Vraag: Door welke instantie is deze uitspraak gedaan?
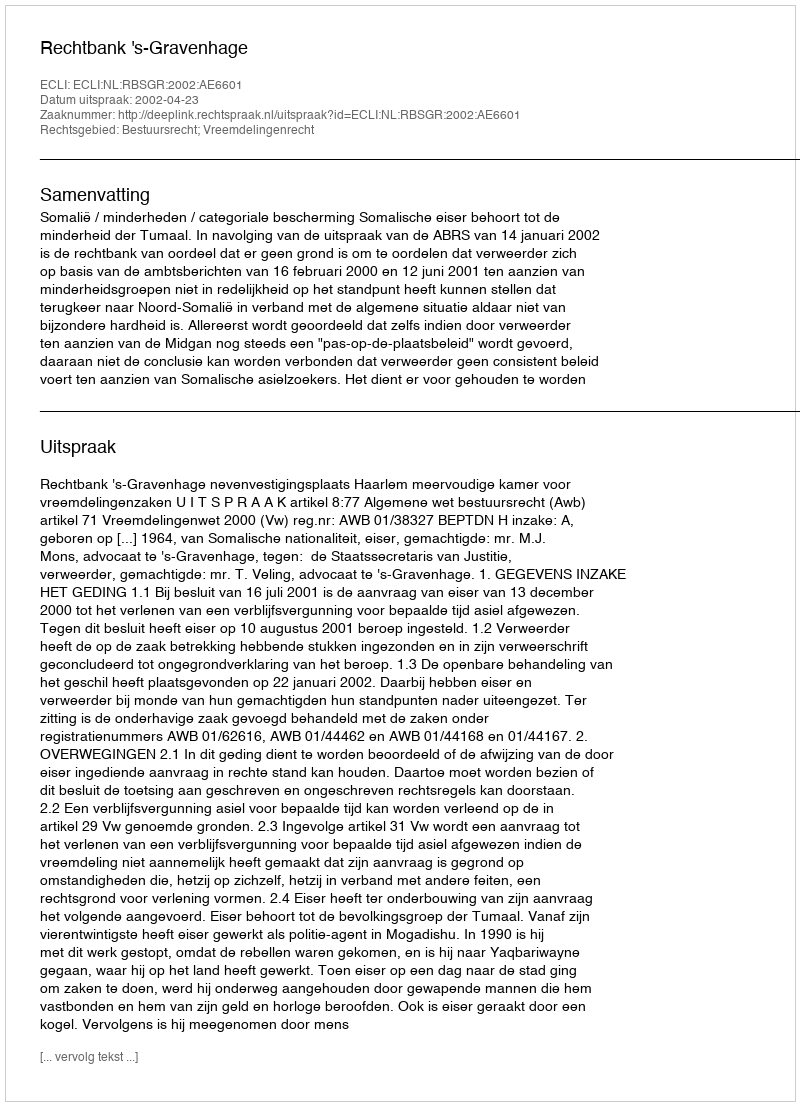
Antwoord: Rechtbank 's-Gravenhage